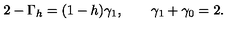
2 - \Gamma _ { h } = ( 1 - h ) \gamma _ { 1 } , \qquad \gamma _ { 1 } + \gamma _ { 0 } = 2 .